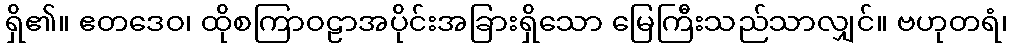
ရှိ၏။ ဧတဒေဝ၊ ထိုစကြာဝဠာအပိုင်းအခြားရှိသော မြေကြီးသည်သာလျှင်။ ဗဟုတရံ၊